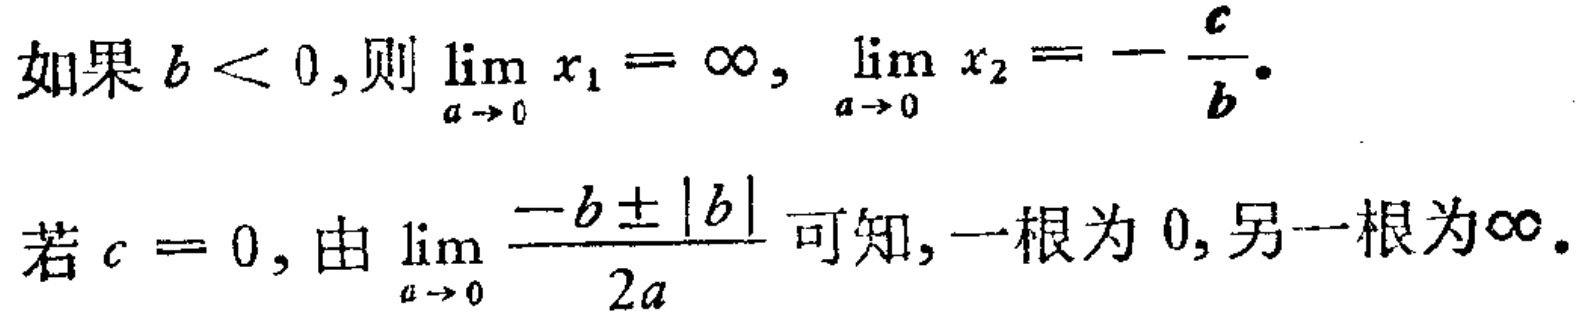
如果 \(b < 0\),则 \(\lim_{a \to 0} x_{1} = \infty,\ \lim_{a \to 0} x_{2} = - \frac{c}{b}\).
若 \(c = 0\), 由 \(\lim_{a \to 0} \frac{-b \pm |b|}{2a}\) 可知, 一根为 \(0\), 另一根为\(\infty\).